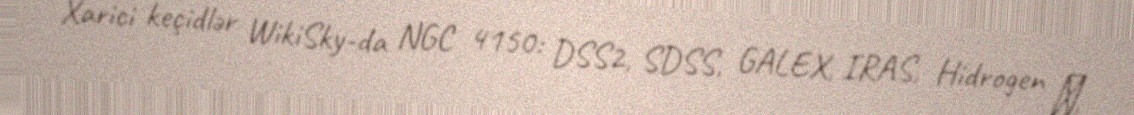
Xarici keçidlər WikiSky-da NGC 4150: DSS2, SDSS, GALEX, IRAS, Hidrogen α,